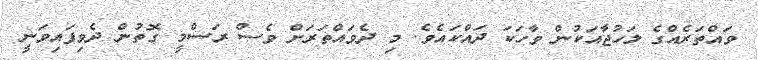
ވައްތަރެއްގެ ލަހުޖާއަކުން ވާހަކަ ދައްކައެވެ. މި ދެވައްތަރަށް ވެސް ރަސްމީ ގޮތުން ދެވިފައިވަނީ